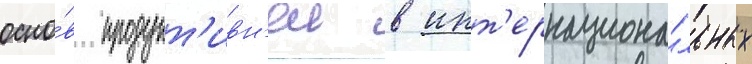
осно́в продукт'ивн'еи в инт'ернациона́льных